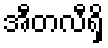
အီတလီရှိ